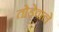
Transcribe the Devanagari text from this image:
तोड़ेवाले